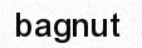
bagnut